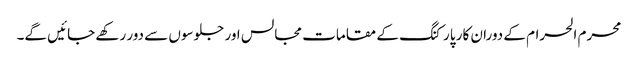
محرم الحرام کے دوران کار پارکنگ کے مقامات مجالس اور جلوسوں سے دور رکھے جائیں گے۔